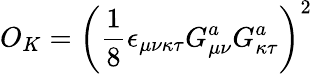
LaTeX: O_{K}=\left(\frac 18\epsilon_{\mu\nu\kappa\tau}G_{\mu\nu}^{a}G_{\kappa\tau}^{a}\right)^{2}